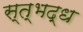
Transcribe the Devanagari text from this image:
स्त्भद्ध